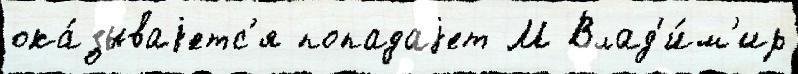
ока́зываjетс'я попадаjет М Влад'и́м'ир